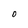
Character: O